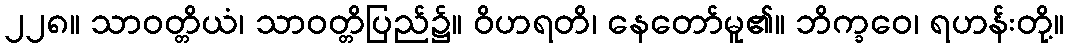
၂၂၈။ သာဝတ္တိယံ၊ သာဝတ္တိပြည်၌။ ဝိဟရတိ၊ နေတော်မူ၏။ ဘိက္ခဝေ၊ ရဟန်းတို့။